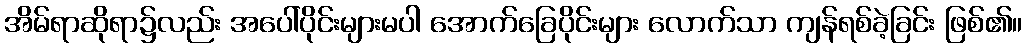
အိမ်ရာဆိုရာ၌လည်း အပေါ်ပိုင်းများမပါ အောက်ခြေပိုင်းများ လောက်သာ ကျန်ရစ်ခဲ့ခြင်း ဖြစ်၏။